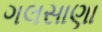
ગલસાણા